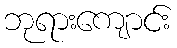
ဘုရားကျောင်း